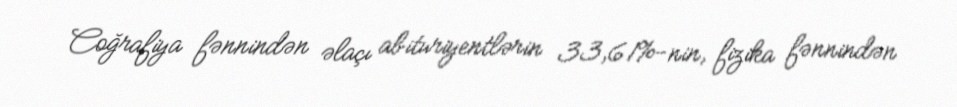
Coğrafiya fənnindən əlaçı abituriyentlərin 33,61%-nin, fizika fənnindən